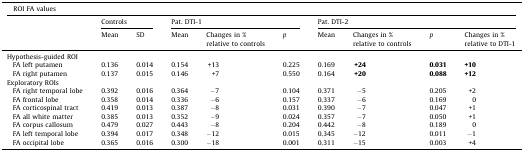
<table><thead><tr><td colspan="10"><b>ROI FA values</b></td></tr><tr><td>[EMPTY_CELL]</td><td colspan="2"><b>Controls</b></td><td colspan="3"><b>Pat. DTI-1</b></td><td colspan="4"><b>Pat. DTI-2</b></td></tr><tr><td>[EMPTY_CELL]</td><td><b>Mean</b></td><td><b>SD</b></td><td><b>Mean</b></td><td><b>Changes in % relative to controls</b></td><td><b><i>p</i></b></td><td><b>Mean</b></td><td><b>Changes in % relative to controls</b></td><td><b><i>p</i></b></td><td><b>Changes in % relative to DTI-1</b></td></tr></thead><tbody><tr><td colspan="10">Hypothesis-guided ROI</td></tr><tr><td> FA left putamen</td><td>0.136</td><td>0.014</td><td>0.154</td><td>+13</td><td>0.225</td><td>0.169</td><td><b>+24</b></td><td><b>0.031</b></td><td><b>+10</b></td></tr><tr><td> FA right putamen</td><td>0.137</td><td>0.015</td><td>0.146</td><td>+7</td><td>0.550</td><td>0.164</td><td><b>+20</b></td><td><b>0.088</b></td><td><b>+12</b></td></tr><tr><td colspan="10">Exploratory ROIs</td></tr><tr><td> FA right temporal lobe</td><td>0.392</td><td>0.016</td><td>0.364</td><td>−7</td><td>0.104</td><td>0.371</td><td>−5</td><td>0.205</td><td>+2</td></tr><tr><td> FA frontal lobe</td><td>0.358</td><td>0.014</td><td>0.336</td><td>−6</td><td>0.157</td><td>0.337</td><td>−6</td><td>0.169</td><td>0</td></tr><tr><td> FA corticospinal tract</td><td>0.419</td><td>0.013</td><td>0.387</td><td>−8</td><td>0.031</td><td>0.390</td><td>−7</td><td>0.047</td><td>+1</td></tr><tr><td> FA all white matter</td><td>0.385</td><td>0.013</td><td>0.352</td><td>−9</td><td>0.024</td><td>0.357</td><td>−7</td><td>0.050</td><td>+1</td></tr><tr><td> FA corpus callosum</td><td>0.479</td><td>0.027</td><td>0.443</td><td>−8</td><td>0.204</td><td>0.442</td><td>−8</td><td>0.189</td><td>0</td></tr><tr><td> FA left temporal lobe</td><td>0.394</td><td>0.017</td><td>0.348</td><td>−12</td><td>0.015</td><td>0.345</td><td>−12</td><td>0.011</td><td>−1</td></tr><tr><td> FA occipital lobe</td><td>0.365</td><td>0.016</td><td>0.300</td><td>−18</td><td>0.001</td><td>0.311</td><td>−15</td><td>0.003</td><td>+4</td></tr></tbody></table>